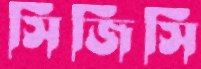
সিজিসি